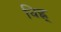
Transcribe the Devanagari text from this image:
चिह्न्